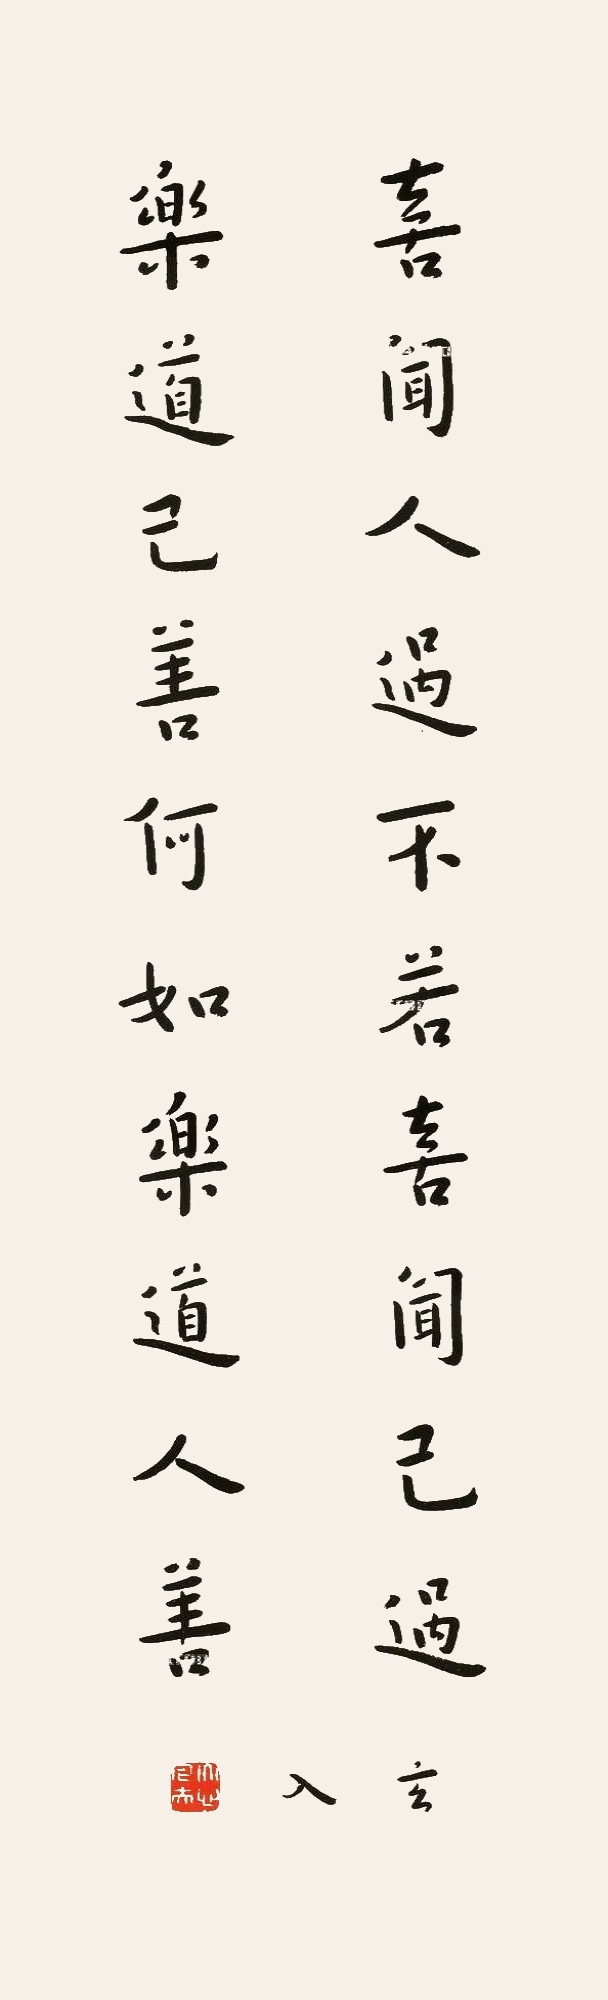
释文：喜闻人过不若喜闻己过，乐道己善何如乐道人善。玄入